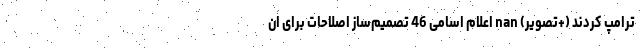
ترامپ کردند (+تصویر) nan اعلام اسامی 46 تصمیم‌ساز اصلاحات برای ان